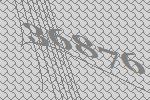
36876